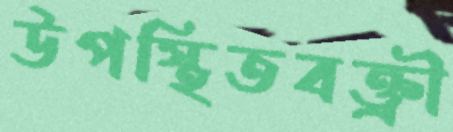
উপস্থিতবক্ত্রী